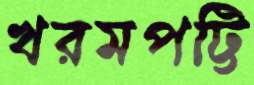
খরমপট্টি